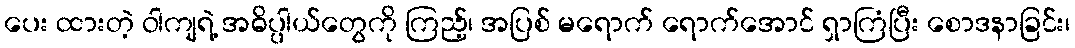
ပေး ထားတဲ့ ဝါကျရဲ့ အဓိပ္ပါယ်တွေကို ကြည့်၊ အပြစ် မရောက် ရောက်အောင် ရှာကြံပြီး စောဒနာခြင်း၊